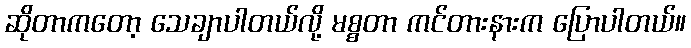
ဆိုတာကတော့ သေချာပါတယ်လို့ မစ္စတာ ကင်တားနားက ပြောပါတယ်။